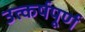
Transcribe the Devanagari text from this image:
उत्कर्षपूर्ण